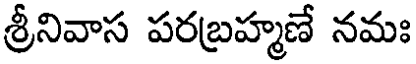
శ్రీనివాస పరబ్రహ్మణే నమః